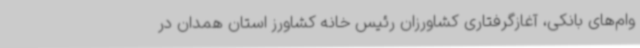
وام‌های بانکی، آغازگرفتاری کشاورزان رئیس خانه کشاورز استان همدان در